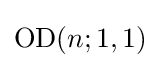
\mathrm {OD} (n;1,1)